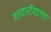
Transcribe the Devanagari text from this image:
तलवारीबद्दलचा